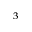
^ 3